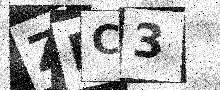
Text: ZRC3